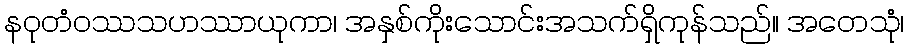
နဝုတံဝဿသဟဿာယုကာ၊ အနှစ်ကိုးသောင်းအသက်ရှိကုန်သည်။ အတေသုံ၊